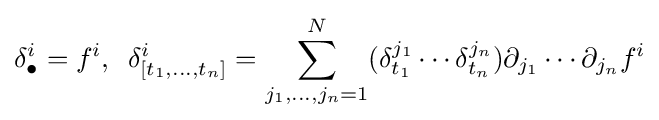
\delta _{\bullet }^{i}=f^{i},\,\,\,\delta _{[t_{1},\dots ,t_{n}]}^{i}=\sum _{j_{1},\dots ,j_{n}=1}^{N}(\delta _{t_{1}}^{j_{1}}\cdots \delta _{t_{n}}^{j_{n}})\partial _{j_{1}}\cdots \partial _{j_{n}}f^{i}